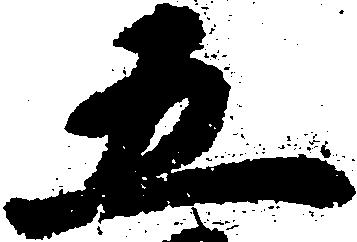
五